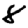
Digit: 8